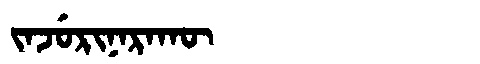
Manchu: ᠵᠠᠵᡠᡵᡳᠨᠠᡵᠠᡴᡡ
Romanization: JAJURINARAKŪ